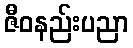
ဇီဝနည်းပညာ